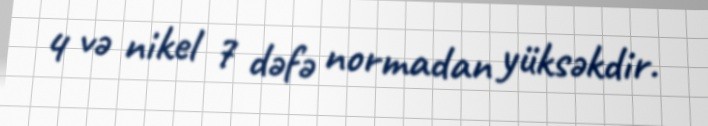
4 və nikel 7 dəfə normadan yüksəkdir.